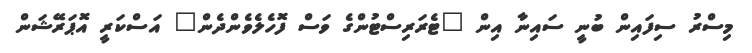
މިސްރު ސިފައިން ބުނީ ސައިނާ އިން "ޓެރަރިސްޓުންގެ ވަސް ފޮހެލެވެންދެން" އަސްކަރީ އޮޕަރޭޝަން